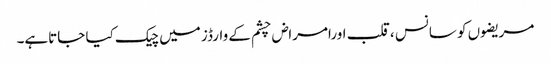
مریضوں کو سانس ،قلب اورامراض چشم کے وارڈز میں چیک کیا جاتاہے۔